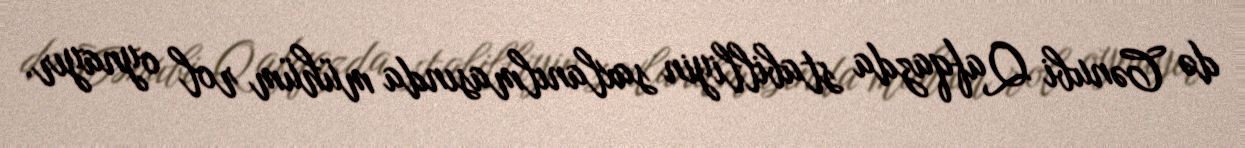
də Cənubi Qafqazda stabilliyin saxlanılmasında mühüm rol oynayır.